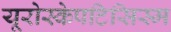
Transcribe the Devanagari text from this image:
यूरोस्केपटिसिस्म